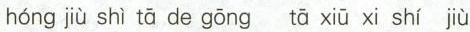
hóng jiù shì tā de gōng tā xiū xi shí jiù